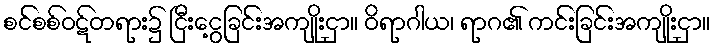
စင်စစ်ဝဋ်တရား၌ ငြီးငွေ့ခြင်းအကျိုးငှာ။ ဝိရာဂါယ၊ ရာဂ၏ ကင်းခြင်းအကျိုးငှာ။